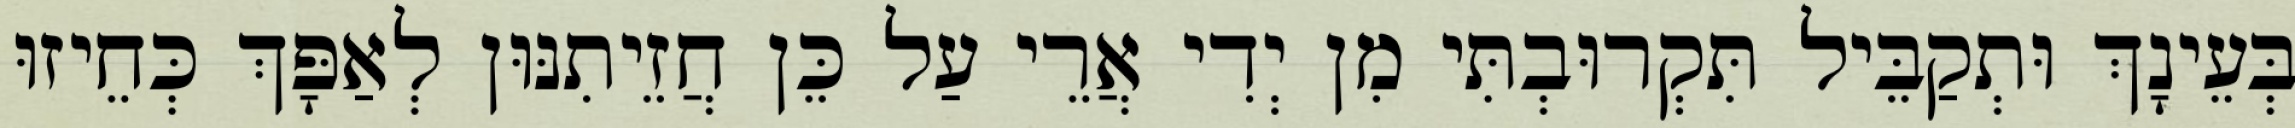
בְּעֵינָךְ וּתְקַבֵּיל תִּקְרוּבְתִּי מִן יְדִי אֲרֵי עַל כֵּן חֲזֵיתִנּוּן לְאַפָּךְ כְּחֵיזוּ